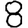
Digit: 8